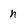
Character: h